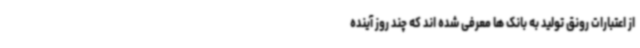
از اعتبارات رونق تولید به بانک ها معرفی شده اند که چند روز آینده